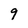
Character: 9